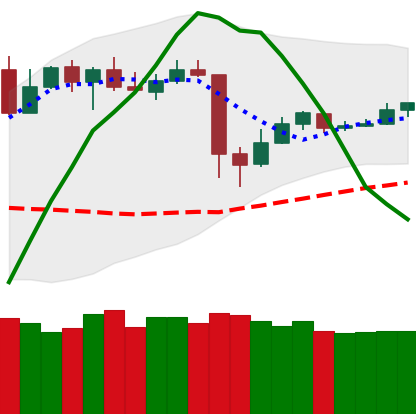
Ticker: TRX-USD
Chart end date: 2020-05-19
Forward return: -6.975%
Label: down_5_7